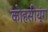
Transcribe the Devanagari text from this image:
कोहसीयूंग